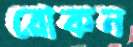
রোকন